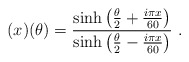
\begin{align*}(x)(\theta)=\frac{\sinh\left(\frac{\theta}{2}+\frac{i\pi x}{60}\right)} {\sinh\left(\frac{\theta}{2}-\frac{i\pi x}{60}\right)}~.\end{align*}